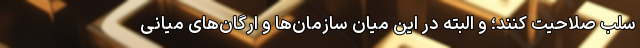
سلب صلاحیت کنند؛ و البته در این میان سازمان‌ها و ارگان‌های میانی